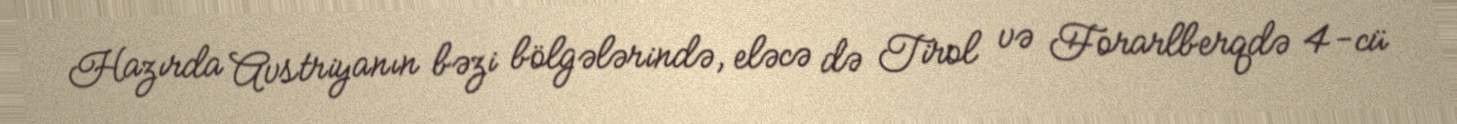
Hazırda Avstriyanın bəzi bölgələrində, eləcə də Tirol və Forarlberqdə 4-cü